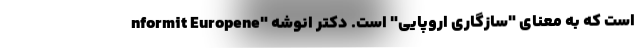
nformit Europene" است که به معنای "سازگاری اروپایی" است. دکتر انوشه